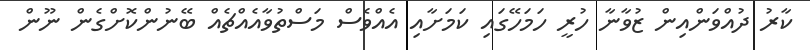
ކާރު ދުއްވަންއިން ޒުވާނާ ހުރީ ހަމަހޭގައި ކަމަށާއި އެއްވެސް މަސްތުވާއެއްޗެއް ބޭނުންކޮށްގެން ނޫން